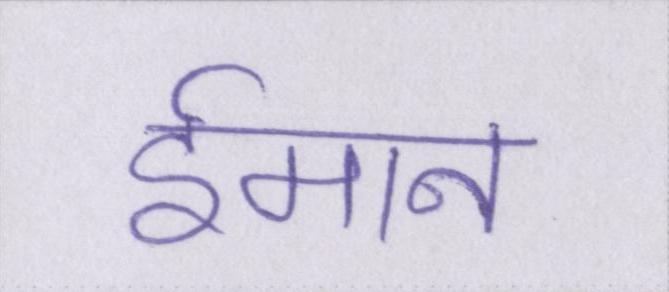
ईमान